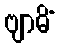
ဗျာဓိံ